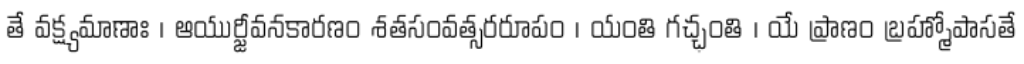
తే వక్ష్యమాణాః । ఆయుర్జీవనకారణం శతసంవత్సరరూపం । యంతి గచ్ఛంతి । యే ప్రాణం బ్రహ్మోపాసతే